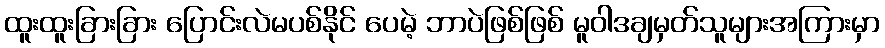
ထူးထူးခြားခြား ပြောင်းလဲမပစ်နိုင် ပေမဲ့ ဘာပဲဖြစ်ဖြစ် မူဝါဒချမှတ်သူများအကြားမှာ